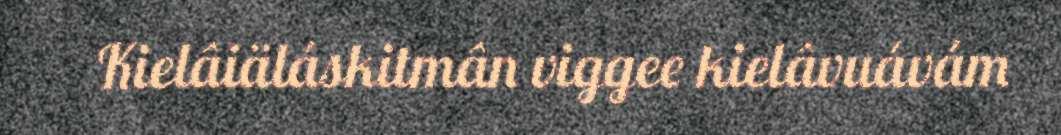
Kielâiäláskitmân viggee kielâvuávám